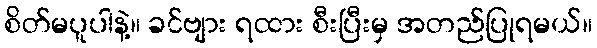
စိတ်မပူပါနဲ့။ ခင်ဗျား ရထား စီးပြီးမှ အတည်ပြုရမယ်။